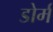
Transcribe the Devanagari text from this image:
डोर्म